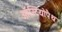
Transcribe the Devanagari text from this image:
ऑस्टियोपैथ